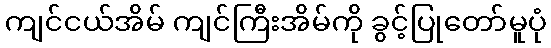
ကျင်ငယ်အိမ် ကျင်ကြီးအိမ်ကို ခွင့်ပြုတော်မူပုံ